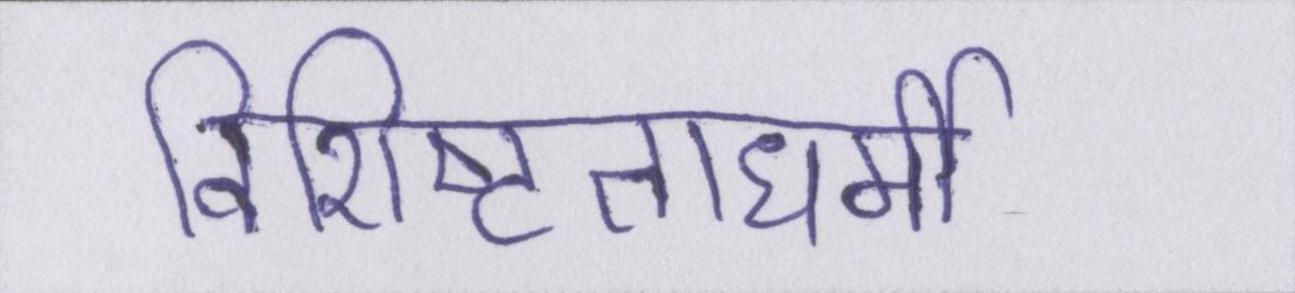
विशिष्टताधर्मी